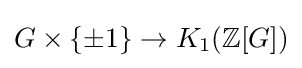
G\times \{\pm 1\}\to K_{1}(\mathbb {Z} [G])